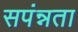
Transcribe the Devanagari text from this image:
सपंन्नता